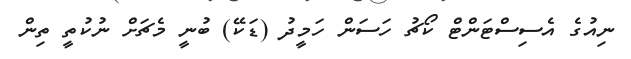
ނިއުގެ އެސިސްޓަންޓް ކޯޗު ހަސަން ހަމީދު (ޑަކޭ) ބުނީ މެޗަށް ނުކުތީ ތިން